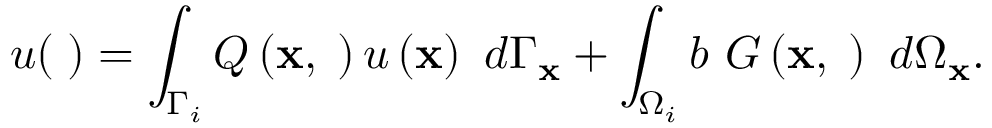
u ( { \mathbf \xi } ) = \int _ { \Gamma _ { i } } Q \left( \mathbf { x } , { \mathbf \xi } \right) u \left( \mathbf { x } \right) \ d \Gamma _ { \mathbf { x } } + \int _ { \Omega _ { i } } b \ G \left( \mathbf { x } , { \mathbf \xi } \right) \ d \Omega _ { \mathbf { x } } .